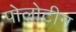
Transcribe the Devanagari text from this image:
पोलोटीन